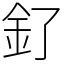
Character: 釕